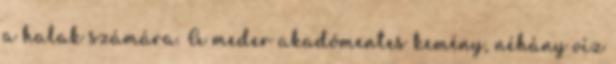
a halak számára. A meder akadómentes kemény, néhány víz